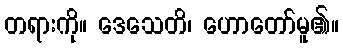
တရားကို။ ဒေသေတိ၊ ဟောတော်မူ၏။